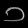
Digit: ၁